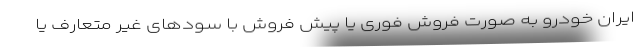
ایران خودرو به صورت فروش فوری یا پیش فروش با سودهای غیر متعارف یا